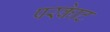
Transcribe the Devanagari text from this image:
परकाेट